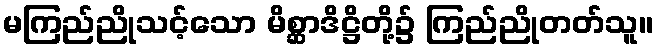
မကြည်ညိုသင့်သော မိစ္ဆာဒိဋ္ဌိတို့၌ ကြည်ညိုတတ်သူ။